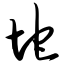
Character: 坨